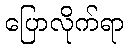
ပြောလိုက်ရာ